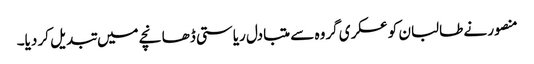
منصور نے طالبان کو عسکری گروہ سے متبادل ریاستی ڈھانچے میں تبدیل کر دیا۔